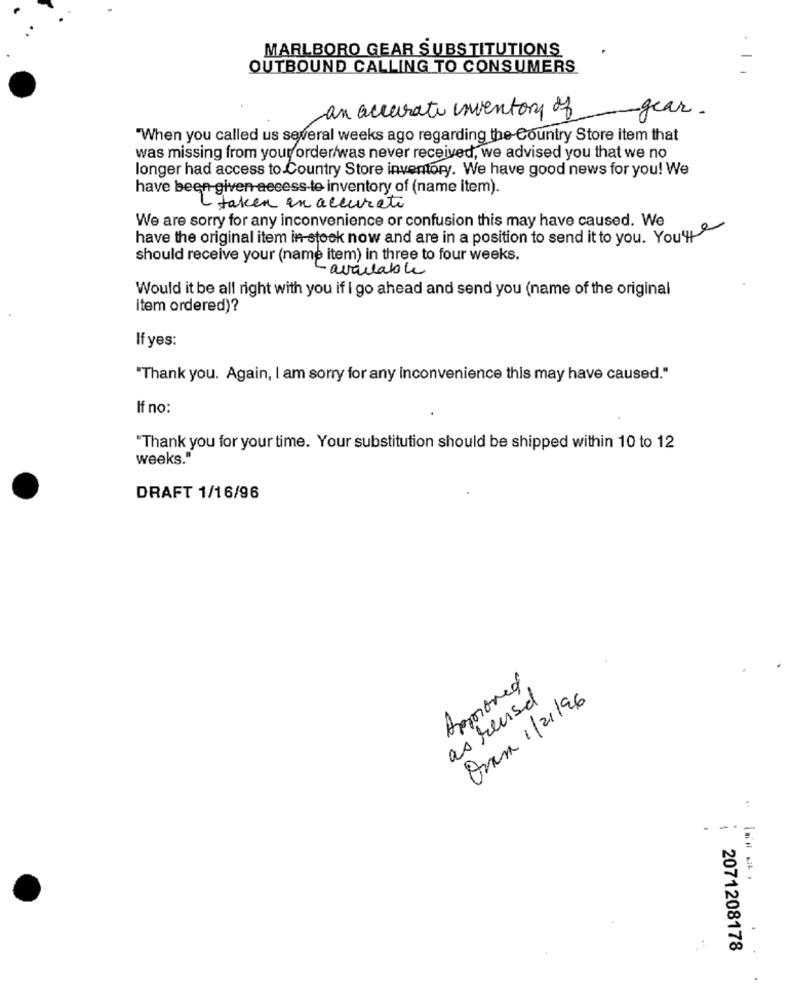
MARLBORO GEAR SUBSTITUTIONS
OUTBOUND CALLING TO CONSUMERS
an accurate inventory of
-
-gear .
"When you called us several weeks ago regarding the Country Store item that
was missing from your order/was never received, we advised you that we no
longer had access to Country Store inventory. We have good news for you! We
have been given-access-te inventory of (name item).
L taken in accurate
We are sorry for any inconvenience or confusion this may have caused. We
have the original item in stock now and are in a position to send it to you. You'll
should receive your (name item) in three to four weeks.
Lavailable
Would it be all right with you if I go ahead and send you (name of the original
item ordered)?
If yes:
"Thank you. Again, I am sorry for any inconvenience this may have caused."
If no:
"Thank you for your time. Your substitution should be shipped within 10 to 12
weeks."
DRAFT 1/16/96
Armored
as reuse
Osan 1/21/96
:
2071208178